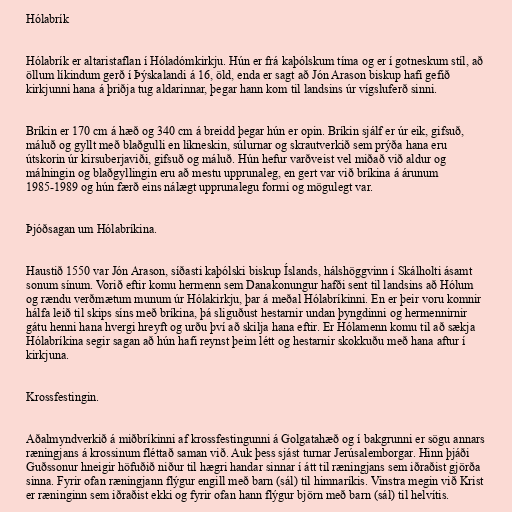
Hólabrík

Hólabrík er altaristaflan í Hóladómkirkju. Hún er frá kaþólskum tíma og er í gotneskum stíl, að
öllum líkindum gerð í Þýskalandi á 16, öld, enda er sagt að Jón Arason biskup hafi gefið
kirkjunni hana á þriðja tug aldarinnar, þegar hann kom til landsins úr vígsluferð sinni.

Bríkin er 170 cm á hæð og 340 cm á breidd þegar hún er opin. Bríkin sjálf er úr eik, gifsuð,
máluð og gyllt með blaðgulli en líkneskin, súlurnar og skrautverkið sem prýða hana eru
útskorin úr kirsuberjaviði, gifsuð og máluð. Hún hefur varðveist vel miðað við aldur og
málningin og blaðgyllingin eru að mestu upprunaleg, en gert var við bríkina á árunum
1985-1989 og hún færð eins nálægt upprunalegu formi og mögulegt var.

Þjóðsagan um Hólabríkina.

Haustið 1550 var Jón Arason, síðasti kaþólski biskup Íslands, hálshöggvinn í Skálholti ásamt
sonum sínum. Vorið eftir komu hermenn sem Danakonungur hafði sent til landsins að Hólum
og rændu verðmætum munum úr Hólakirkju, þar á meðal Hólabríkinni. En er þeir voru komnir
hálfa leið til skips síns með bríkina, þá sliguðust hestarnir undan þyngdinni og hermennirnir
gátu henni hana hvergi hreyft og urðu því að skilja hana eftir. Er Hólamenn komu til að sækja
Hólabríkina segir sagan að hún hafi reynst þeim létt og hestarnir skokkuðu með hana aftur í
kirkjuna.

Krossfestingin.

Aðalmyndverkið á miðbríkinni af krossfestingunni á Golgatahæð og í bakgrunni er sögu annars
ræningjans á krossinum fléttað saman við. Auk þess sjást turnar Jerúsalemborgar. Hinn þjáði
Guðssonur hneigir höfuðið niður til hægri handar sinnar í átt til ræningjans sem iðraðist gjörða
sinna. Fyrir ofan ræningjann flýgur engill með barn (sál) til himnaríkis. Vinstra megin við Krist
er ræninginn sem iðraðist ekki og fyrir ofan hann flýgur björn með barn (sál) til helvítis.